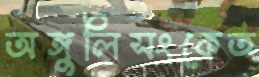
অঙ্গুলিসংকেত